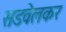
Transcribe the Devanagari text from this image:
सडवेलकर